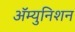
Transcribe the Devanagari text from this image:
ॲम्युनिशन